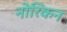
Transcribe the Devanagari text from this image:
नोरिकन